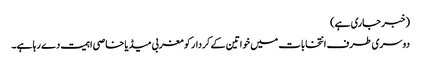
(خبر جاری ہے)
دوسری طرف انتخابات میں خواتین کے کردار کو مغربی میڈیا خاصی اہمیت دے رہا ہے۔